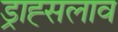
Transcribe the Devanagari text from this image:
ड्राह्सलाव